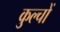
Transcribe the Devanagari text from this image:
कुल्चों